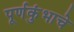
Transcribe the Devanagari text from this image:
पूर्णकुंभाचे